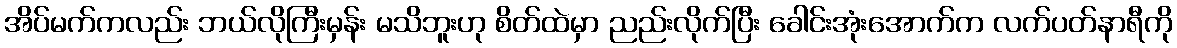
အိပ်မက်ကလည်း ဘယ်လိုကြီးမှန်း မသိဘူးဟု စိတ်ထဲမှာ ညည်းလိုက်ပြီး ခေါင်းအုံးအောက်က လက်ပတ်နာရီကို